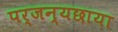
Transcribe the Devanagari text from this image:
पर्जन्यछाया